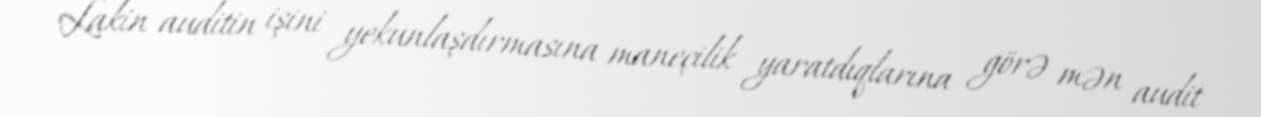
Lakin auditin işini yekunlaşdırmasına maneçilik yaratdıqlarına görə mən audit